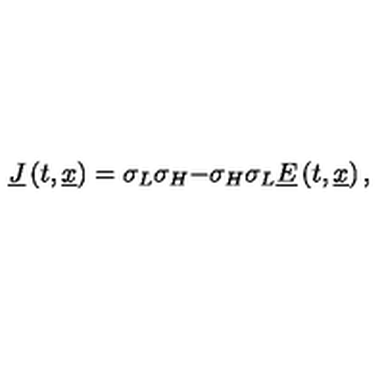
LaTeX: \underline { { J } } \left( t , \underline { { x } } \right) = { \binom { \sigma _ { L } \sigma _ { H } } { - \sigma _ { H } \sigma _ { L } } } \underline { { E } } \left( t , \underline { { x } } \right) ,